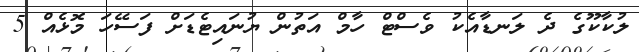
ލުކާކޫގެ ދެ ލަނޑާއެކު ވެސްޓް ހާމް އަތުން ޔުނައިޓެޑަށް ފަސޭހަ މޮޅެއް 5